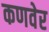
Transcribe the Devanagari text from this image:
कणवेर